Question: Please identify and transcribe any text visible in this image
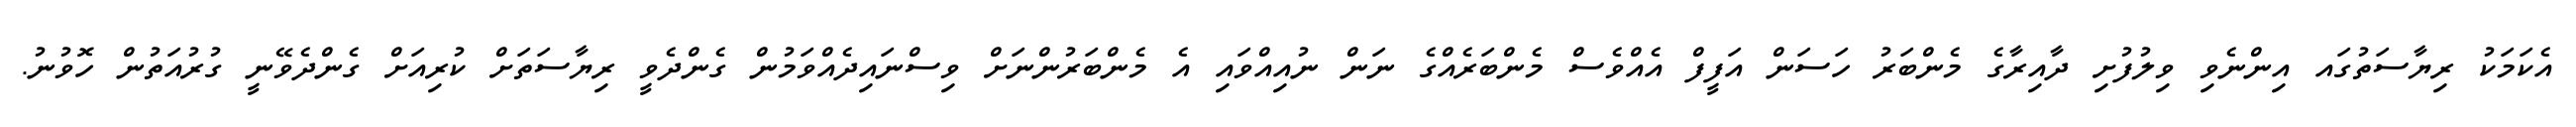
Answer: އެކަމަކު ރިޔާސަތުގައ އިންނެވި ވިލުފުށި ދާއިރާގެ މެންބަރު ހަސަން އަފީފް އެއްވެސް މެންބަރެއްގެ ނަން ނުއިއްވައި އެ މެންބަރުންނަށް ވިސްނައިދެއްވަމުން ގެންދެވީ ރިޔާސަތަށް ކުރިއަށް ގެންދެވޭނީ ގުރުއަތުން ހޮވުނު.